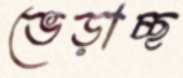
ভেড়াচ্ছ